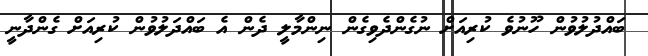
ބައްދުލުވުން ހޫނުވެ ކުރިއަށް ނުގެންދެވިގެން ނިންމާލީ ދެން އެ ބައްދަލުވުން ކުރިއަށް ގެންދާނީ